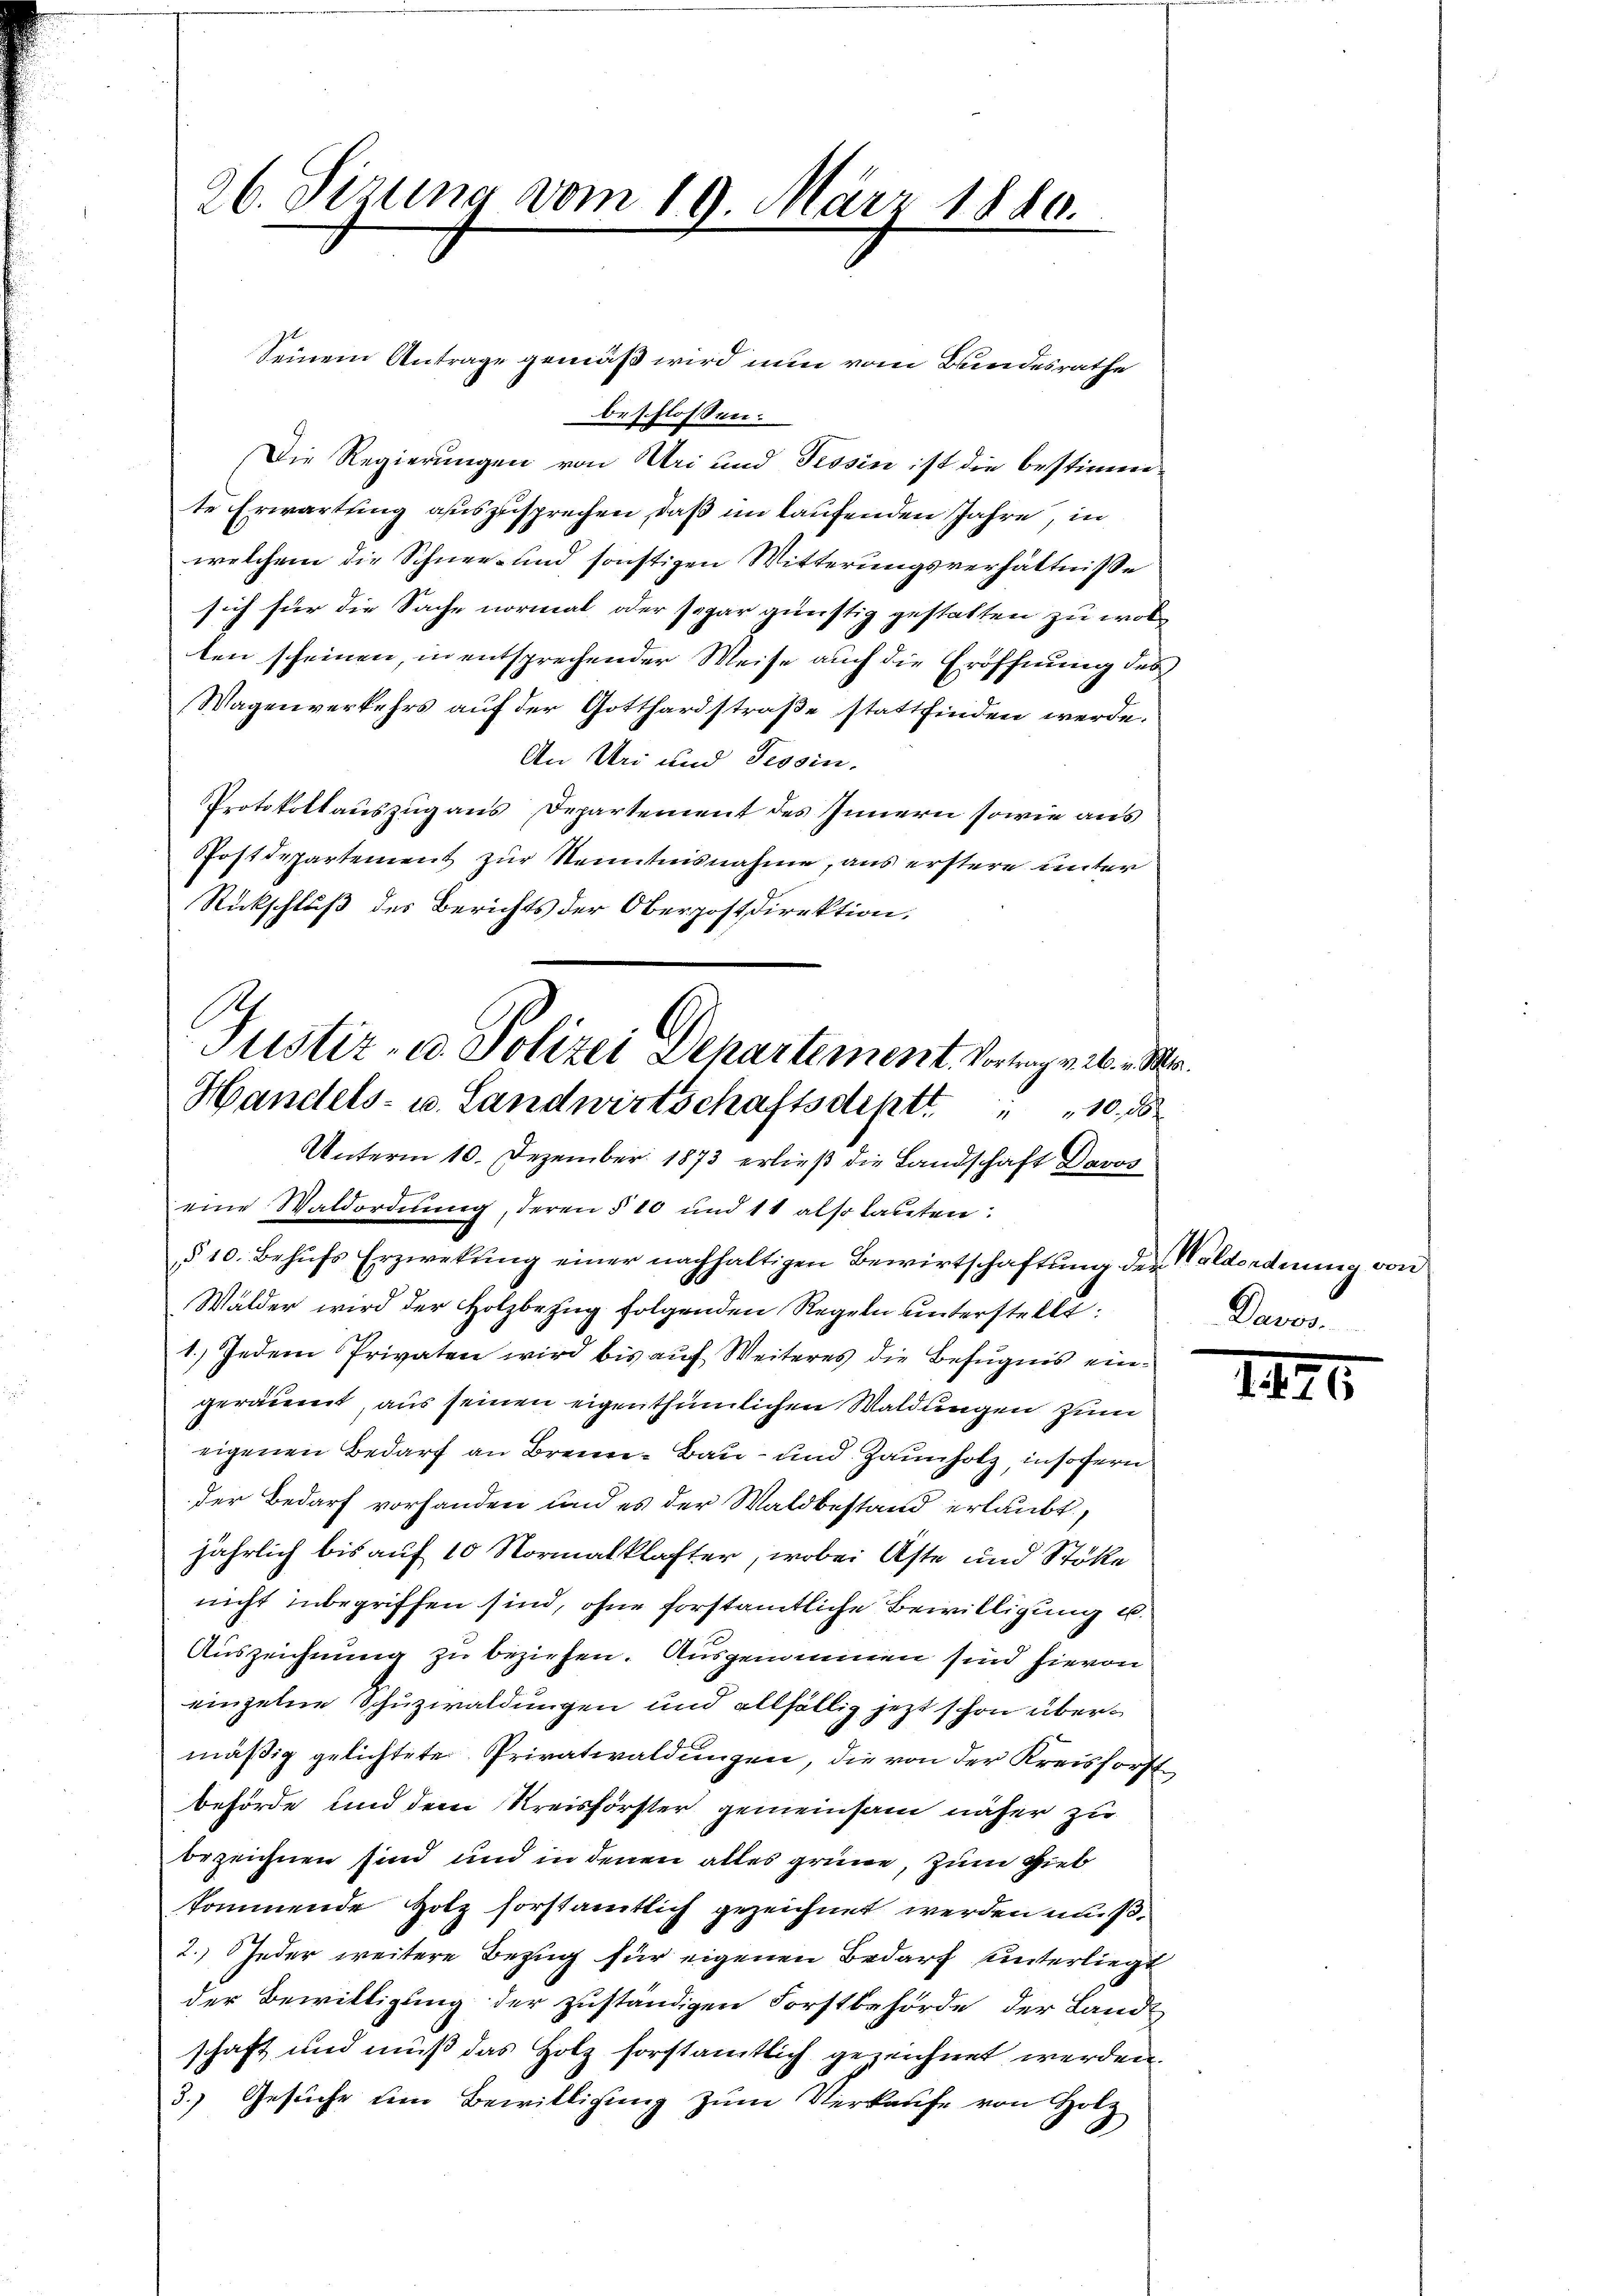
26. Sizung vom 19. März 1880.

Seinem Antrage gemäß wird nun vom Bundesrathe
beschloßen:
Die Regierungen von Uri und Tessin ist die bestimme
te Erwartung auszusprechen, daß im laufenden Jahre, in
welchem die Schnee- und sonstigen Witterungsverhältnisse
sich für die Sache normal oder sogar günstig gestatten zu wolten scheinen, in entsprechender Weise auch die Eröffnung des
Wagenverkehrs auf der Gotthardstraße stattfinden werde.
An Uri und Tessin.
Protokollauszug aus Departement des Innern sowie aus
Postdepartement zur Kenntnisnahme, aus erstere unter
Rückschluß des Berichts der Oberpostdirektion,
eine Waldordnŭng, deren § 10 und 11 also lauten:
§ 10. Behufs Erzwekung einer nachhaltigen Bewirtschaftung der Valdordnung von
Wälder wird der Holzbezug folgenden Regeln unterstellt:
1.) Jedem Privaten wird bis auf Weiteres die Befugnis eingeräumt, aus seinen eigenthümlichen Waldungen zum
eigenen Bedarf an Brenn- Bau- und Zaunholz, insofern
der Bedarf vorhanden und es der Waldbestand erlaubt,
jährlich bis auf 10 Normalklafter, wobei Aste und Stöke
nicht inbegriffen sind, ohne forstamtliche Bewilligung u.
Auszeichnung zu beziehen. Ausgenommen sind hievon
einzelne Schuzwaldungen und allfällig jetzt schon übermäßig gelichtete Privatwaldungen, die von der Kreisforst
behörde und dem Kreisförster gemeinsam näher zu
bezeichnen sind und in denen alles gründe, zum Gieb
kommende Hotz forstamtlich gezeichnet werden muß.
2. Jeder weitere Bezug für eigenen Bedarf unterliegt
der Bewilligung der zuständigen Forstbehörde der Landschaft und muß das Holz forstamtlich gezeichnet werden.
3.) Gesuche um Bewilligung zum Verkaufe von Holz

Justiz- u. Polizei Departement. Vortrag v. 26. v. M.
Handels- u. Landwirtschaftsdeptt 10
Unterm 10. Dezember 1873 erließ die Landschaft Davos

Davos.

1425